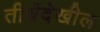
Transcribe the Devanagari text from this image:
तीर्थेदेखील